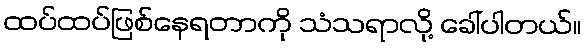
ထပ်ထပ်ဖြစ်နေရတာကို သံသရာလို့ ခေါ်ပါတယ်။